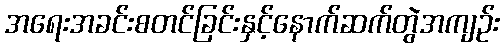
အရေးအခင်းစတင်ခြင်းနှင့်နောက်ဆက်တွဲအကျဉ်း